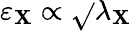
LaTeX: \varepsilon_{\mathbf{X}}\propto\sqrt{}{{\lambda_{\mathbf{X}}}}